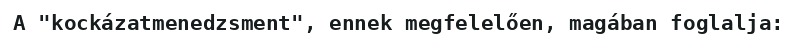
A "kockázatmenedzsment", ennek megfelelően, magában foglalja: